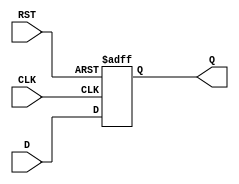
module Feedback_Register (
    input wire D,       // Data input
    input wire CLK,     // Clock input
    input wire RST,     // Asynchronous reset
    output reg Q        // Output register
);

    // Always block for register update
    always @(posedge CLK or posedge RST) begin
        if (RST) begin
            Q <= 1'b0;   // Set Q to 0 on reset
        end else begin
            Q <= D;      // Capture input D on the rising edge of CLK
        end
    end

endmodule